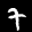
Digit: 7